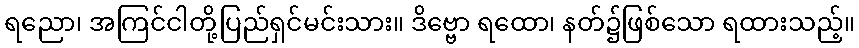
ရညော၊ အကြင်ငါတို့ပြည်ရှင်မင်းသား။ ဒိဗ္ဗော ရထော၊ နတ်၌ဖြစ်သော ရထားသည့်။